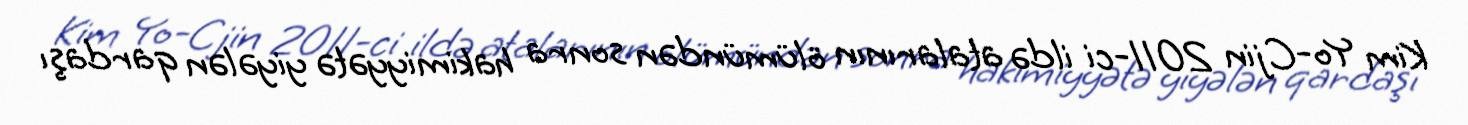
Kim Yo-Cjin 2011-ci ildə atalarının ölümündən sonra hakimiyyətə yiyələn qardaşı